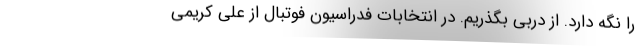
را نگه دارد. از دربی بگذریم. در انتخابات فدراسیون فوتبال از علی کریمی